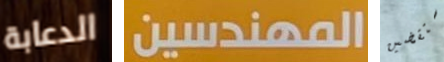
الدعابة المهندسين ستقضين